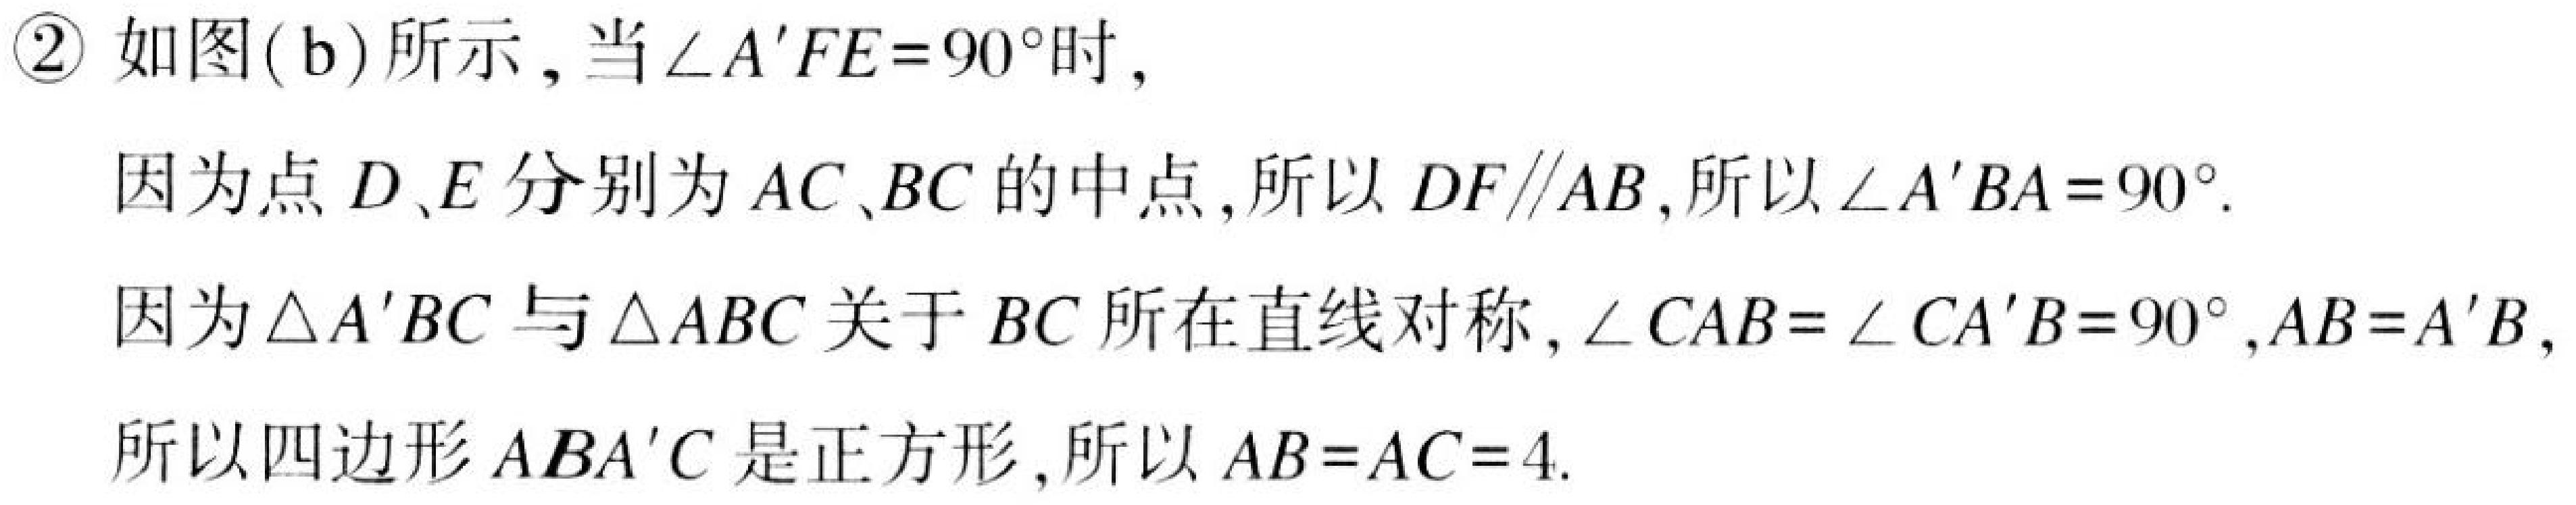
\textcircled{2}如图(b)所示,当\(\angle A'FE = 90^{\circ}\)时,
因为点\(D、E\)分别为\(AC、BC\)的中点,所以\(DF\parallel AB\),所以\(\angle A'BA = 90^{\circ}\).
因为\(\triangle A'BC\)与\(\triangle ABC\)关于\(BC\)所在直线对称,\(\angle CAB=\angle CA'B = 90^{\circ},AB = A'B\),
所以四边形\(ABA'C\)是正方形,所以\(AB = AC = 4\).